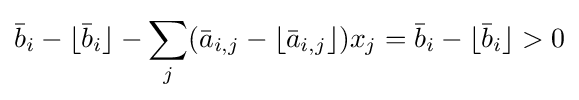
{\bar {b}}_{i}-\lfloor {\bar {b}}_{i}\rfloor -\sum _{j}({\bar {a}}_{i,j}-\lfloor {\bar {a}}_{i,j}\rfloor )x_{j}={\bar {b}}_{i}-\lfloor {\bar {b}}_{i}\rfloor >0